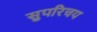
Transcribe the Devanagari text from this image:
सुपरिचय